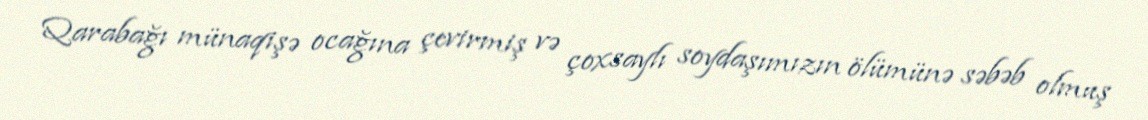
Qarabağı münaqişə ocağına çevirmiş və çoxsaylı soydaşımızın ölümünə səbəb olmuş